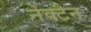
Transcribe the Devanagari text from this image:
नेक्टैन